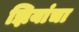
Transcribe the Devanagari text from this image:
झियांचा